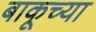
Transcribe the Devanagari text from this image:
बाकूच्या